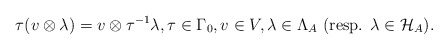
\begin{align*}\tau (v\otimes \lambda)=v\otimes \tau^{-1}\lambda,\tau \in \Gamma_0,v\in V,\lambda \in\Lambda_A \,\,\textrm{(resp. $\lambda \in\mathcal H_A$).} \end{align*}